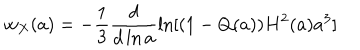
w _ { X } ( a ) = - \frac { 1 } { 3 } \frac { d } { d \ln a } \ln [ ( 1 - Q ( a ) ) H ^ { 2 } ( a ) a ^ { 3 } ]